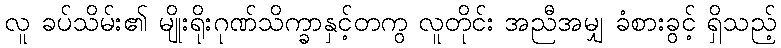
လူ ခပ်သိမ်း၏ မျိုးရိုးဂုဏ်သိက္ခာနှင့်တကွ လူတိုင်း အညီအမျှ ခံစားခွင့် ရှိသည့်